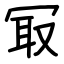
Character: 冣